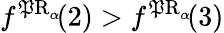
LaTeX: f^{\operatorname{\mathfrak{P}R}_{\alpha}\! }(2)>f^{\operatorname{\mathfrak{P}R}_{\alpha}\! }(3)